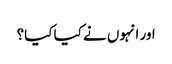
اور انہوں نے کیا کیا؟